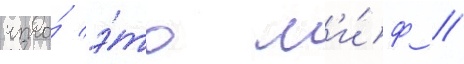
что́ э́то м'и́ф //